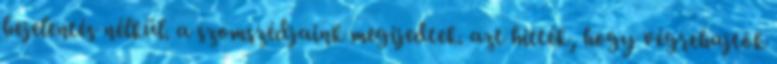
bejelentés nélkül. a szomszédjaink megijedtek. azt hitték, hogy végrehajtók